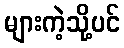
များကဲ့သို့ပင်